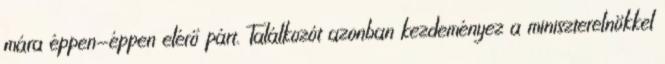
mára éppen-éppen elérő párt. Találkozót azonban kezdeményez a miniszterelnökkel